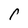
Character: P